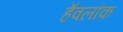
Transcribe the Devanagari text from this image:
हॅवलॉक